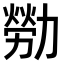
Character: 𫦸